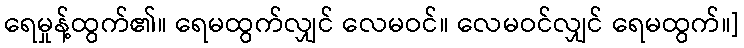
ရေမှုန့်ထွက်၏။ ရေမထွက်လျှင် လေမဝင်။ လေမဝင်လျှင် ရေမထွက်။]